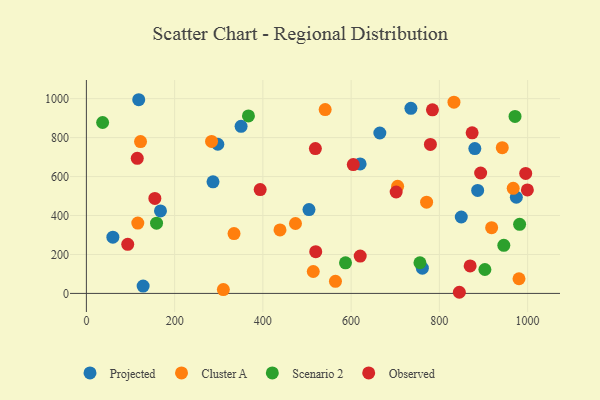
{"axis": {"x": "Study Hours", "y": "Salary"}, "legend": ["Cluster A", "Observed", "Projected", "Scenario 2"], "data": [{"x": "297.9", "y": 765.7, "type": "Projected"}, {"x": "849.7", "y": 392.4, "type": "Projected"}, {"x": "761.5", "y": 129.5, "type": "Projected"}, {"x": "504.5", "y": 430.7, "type": "Projected"}, {"x": "886.8", "y": 528.6, "type": "Projected"}, {"x": "167.9", "y": 423.4, "type": "Projected"}, {"x": "974.5", "y": 493.7, "type": "Projected"}, {"x": "118.6", "y": 994.4, "type": "Projected"}, {"x": "60.0", "y": 288.7, "type": "Projected"}, {"x": "620.4", "y": 664.8, "type": "Projected"}, {"x": "350.6", "y": 857.6, "type": "Projected"}, {"x": "128.6", "y": 37.7, "type": "Projected"}, {"x": "880.4", "y": 743.8, "type": "Projected"}, {"x": "287.0", "y": 572.9, "type": "Projected"}, {"x": "665.1", "y": 823.7, "type": "Projected"}, {"x": "735.5", "y": 950.1, "type": "Projected"}, {"x": "942.6", "y": 748.4, "type": "Cluster A"}, {"x": "310.4", "y": 20.0, "type": "Cluster A"}, {"x": "122.7", "y": 779.4, "type": "Cluster A"}, {"x": "918.5", "y": 337.7, "type": "Cluster A"}, {"x": "283.7", "y": 780.5, "type": "Cluster A"}, {"x": "473.9", "y": 359.1, "type": "Cluster A"}, {"x": "116.5", "y": 361.4, "type": "Cluster A"}, {"x": "771.1", "y": 468.7, "type": "Cluster A"}, {"x": "967.4", "y": 539.3, "type": "Cluster A"}, {"x": "833.1", "y": 981.7, "type": "Cluster A"}, {"x": "980.5", "y": 75.3, "type": "Cluster A"}, {"x": "564.5", "y": 62.3, "type": "Cluster A"}, {"x": "438.8", "y": 326.1, "type": "Cluster A"}, {"x": "334.6", "y": 307.5, "type": "Cluster A"}, {"x": "705.4", "y": 550.2, "type": "Cluster A"}, {"x": "541.2", "y": 943.6, "type": "Cluster A"}, {"x": "514.2", "y": 112.5, "type": "Cluster A"}, {"x": "367.3", "y": 911.1, "type": "Scenario 2"}, {"x": "903.2", "y": 122.9, "type": "Scenario 2"}, {"x": "971.5", "y": 908.7, "type": "Scenario 2"}, {"x": "587.3", "y": 157.0, "type": "Scenario 2"}, {"x": "36.8", "y": 877.4, "type": "Scenario 2"}, {"x": "981.9", "y": 354.5, "type": "Scenario 2"}, {"x": "946.1", "y": 246.7, "type": "Scenario 2"}, {"x": "756.0", "y": 157.6, "type": "Scenario 2"}, {"x": "159.0", "y": 360.4, "type": "Scenario 2"}, {"x": "155.2", "y": 487.6, "type": "Observed"}, {"x": "869.8", "y": 141.3, "type": "Observed"}, {"x": "519.8", "y": 214.5, "type": "Observed"}, {"x": "874.3", "y": 824.4, "type": "Observed"}, {"x": "893.6", "y": 618.3, "type": "Observed"}, {"x": "995.7", "y": 615.9, "type": "Observed"}, {"x": "845.3", "y": 5.9, "type": "Observed"}, {"x": "604.9", "y": 661.4, "type": "Observed"}, {"x": "519.0", "y": 743.7, "type": "Observed"}, {"x": "784.3", "y": 942.3, "type": "Observed"}, {"x": "393.9", "y": 533.2, "type": "Observed"}, {"x": "620.6", "y": 191.6, "type": "Observed"}, {"x": "779.7", "y": 764.9, "type": "Observed"}, {"x": "999.5", "y": 531.4, "type": "Observed"}, {"x": "93.7", "y": 252.0, "type": "Observed"}, {"x": "115.3", "y": 693.5, "type": "Observed"}, {"x": "702.1", "y": 520.8, "type": "Observed"}]}